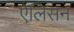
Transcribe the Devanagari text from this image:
ऐलिसन